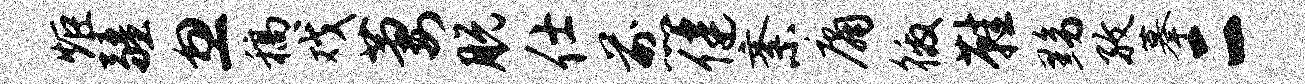
炬疆忽稿戏萋脱仕煎健紊庸徼鞋黝孜摹二